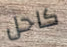
كاحل